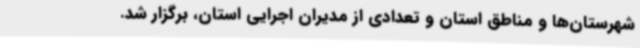
شهرستان‌ها و مناطق استان و تعدادی از مدیران اجرایی استان، برگزار شد.